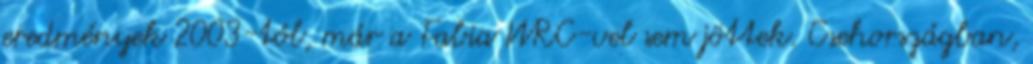
eredmények 2003-tól, már a Fabia WRC-vel sem jöttek. Csehországban,